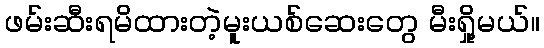
ဖမ်းဆီးရမိထားတဲ့မူးယစ်ဆေးတွေ မီးရှို့မယ်။